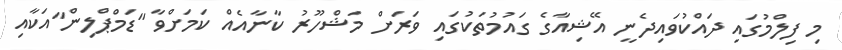
މި ފިލްމުގައި ދައްކުވައިދެނީ އޭޝިއާގެ ގައުމުތަކުގައި ވަރަށް މަޝްހޫރު ކާނާއެއް ކަމަށްވާ "ޑަމްޕްލިން"އަކާއި